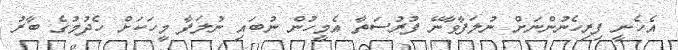
އެހެނީ ފިރިހެނުންނަށް ނުލަފާވާނޭ ފުރުސަތާ އެމީހުން ނުބައި ނުލަފާ މީހަކަށް ހެދުމުގެ ބާރު